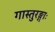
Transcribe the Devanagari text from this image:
गास्तुरङ्गाः